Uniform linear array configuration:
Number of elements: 32
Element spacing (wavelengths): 0.75
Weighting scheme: cosine
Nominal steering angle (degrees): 15
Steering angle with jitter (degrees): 13.271
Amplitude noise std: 0.05
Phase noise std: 0.05

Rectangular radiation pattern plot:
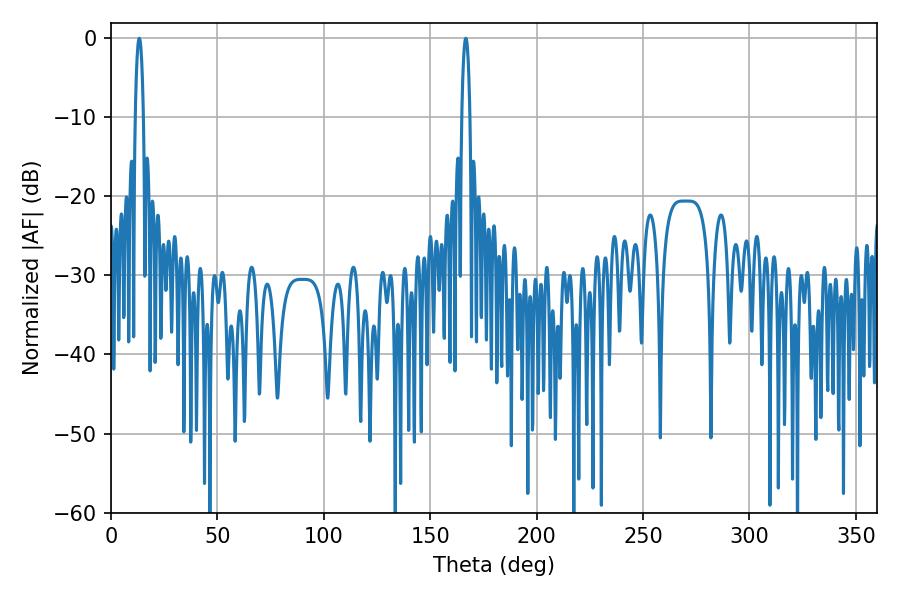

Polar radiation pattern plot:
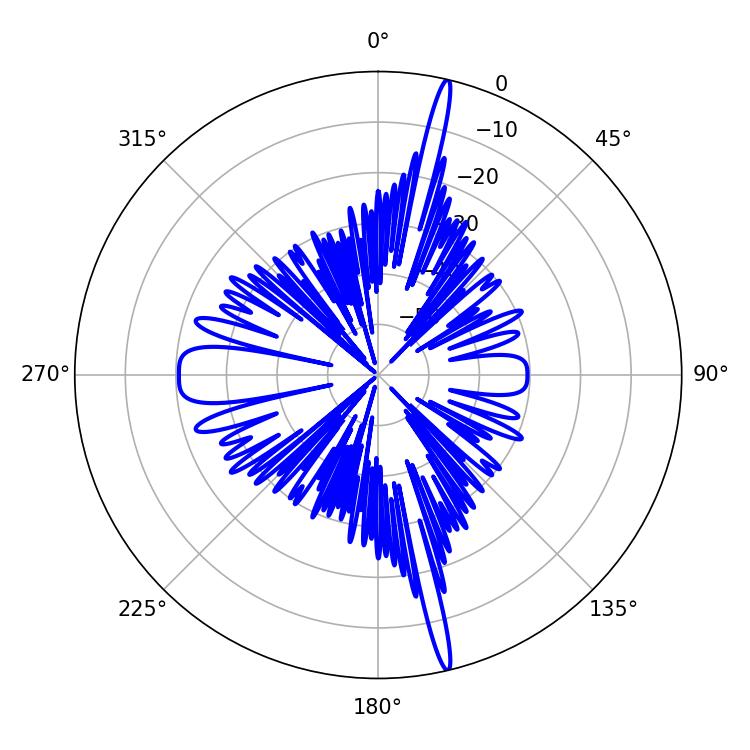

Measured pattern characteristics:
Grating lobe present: TRUE
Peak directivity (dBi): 20.919
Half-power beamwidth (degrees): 2.16
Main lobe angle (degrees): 166.68